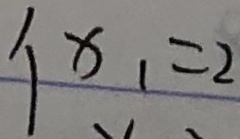
x _ { 1 } = 2